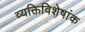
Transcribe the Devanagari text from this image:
व्यक्तिविशेषांक